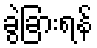
ခွဲခြားရန်